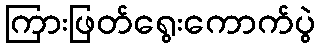
ကြားဖြတ်ရွေးကောက်ပွဲ